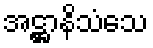
အဋ္ဌာနိသံသေ